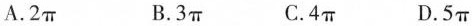
A.2π B.3π C.4π D.5π